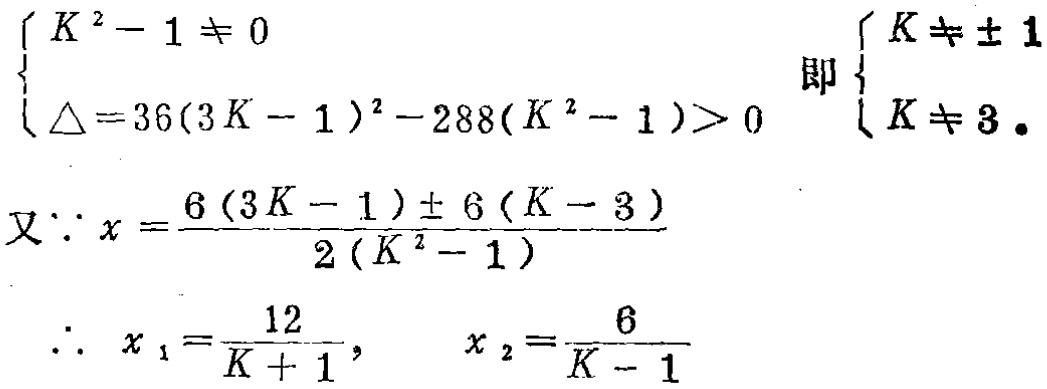
\[
\begin{cases}
K^{2}-1\neq 0 \\
\Delta = 36(3K - 1)^{2}-288(K^{2}-1)>0
\end{cases}
\text{ 即 }
\begin{cases}
K\neq\pm 1 \\
K\neq 3
\end{cases}
\]
\[
\text{又}\because x=\frac{6(3K - 1)\pm 6(K - 3)}{2(K^{2}-1)}
\]
\[
\therefore x_{1}=\frac{12}{K + 1}, \quad x_{2}=\frac{6}{K - 1}
\]